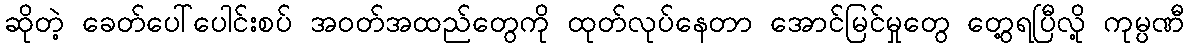
ဆိုတဲ့ ခေတ်ပေါ်ပေါင်းစပ် အဝတ်အထည်တွေကို ထုတ်လုပ်နေတာ အောင်မြင်မှုတွေ တွေ့ရပြီလို့ ကုမ္ပဏီ